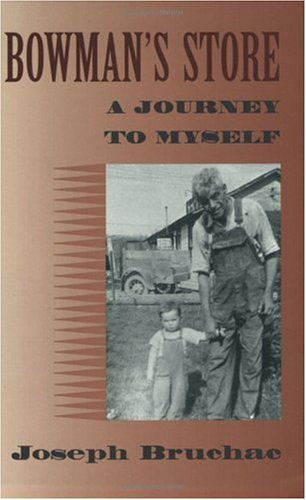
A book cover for Bowman's Store; Joseph Bruchac; Teen & Young Adult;